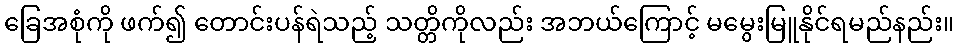
ခြေအစုံကို ဖက်၍ တောင်းပန်ရဲသည့် သတ္တိကိုလည်း အဘယ်ကြောင့် မမွေးမြူနိုင်ရမည်နည်း။